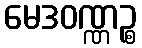
မေဒဝဏ္ဏဉ္စ